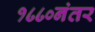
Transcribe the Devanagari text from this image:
१८८०नंतर